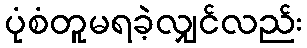
ပုံစံတူမရခဲ့လျှင်လည်း